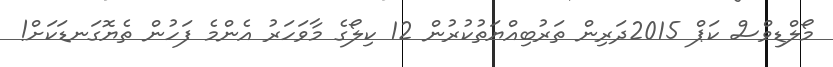
މޯލްޑިވްސް ކަޕް 2015ދަރިން ތަރުބިއްޔަތުކުރުން 12 ކިލޯގެ މާވަހަރު އެންމެ ފަހުން ތެޔޮގަނޑަކަށް!